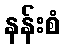
နန်းစံ